Leaving Certificate Examination (including Day School Certificate (Higher) General paper), 1935
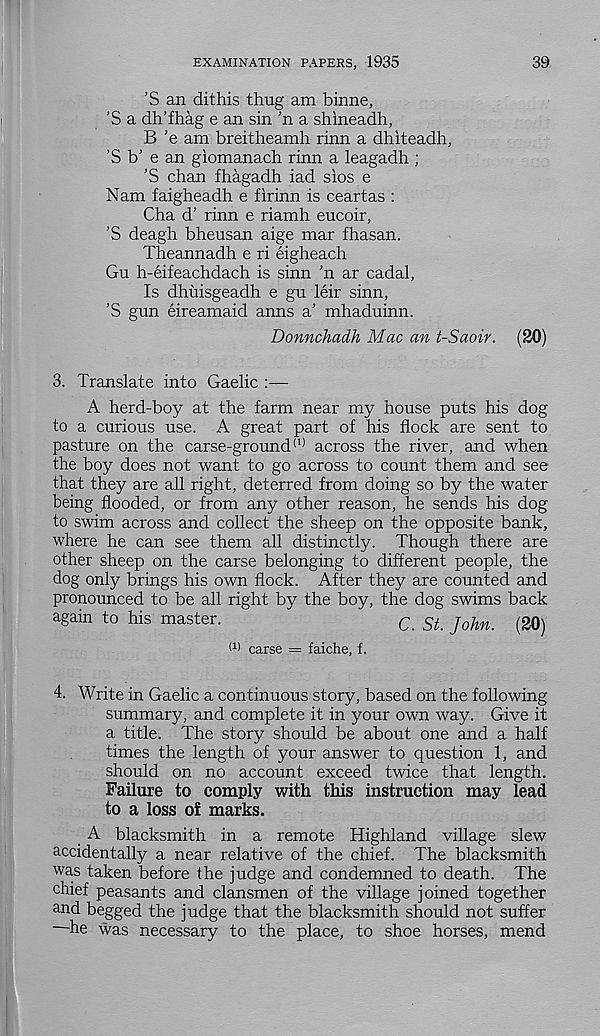
EXAMINATION PAPERS, 1935
39
’S an dithis thug am binne,
’S a dh'fhag e an sin 'n a shineadh,
B J e am breitheamh rinn a dhiteadh,
'S b' e an giomanach rinn a leagadh ;
’S chan fhagadh iad sios e
Nam faigheadh e firinn is ceartas :
Cha d' rinn e riamh eucoir,
’S deagh bheusan aige mar fhasan.
Theannadh e ri eigheach
Gu h-eifeachdach is sinn 'n ar cadal,
Is dhuisgeadh e gu leir sinn,
’S gun eireamaid anns a’ mhaduinn.
Donnchadh Mac an t-Saoir. (20)
3. Translate into Gaelic :—
A herd-boy at the farm near my house puts his dog
to a curious use. A great part of his flock are sent to
pasture on the carse-ground (1) across the river, and when
the boy does not want to go across to count them and see
that they are all right, deterred from doing so by the water
being flooded, or from any other reason, he sends his dog
to swim across and collect the sheep on the opposite bank,
where he can see them all distinctly. Though there are
other sheep on the carse belonging to different people, the
dog only brings his own flock. After they are counted and
pronounced to be all right by the boy, the dog swims back
again to his master.
c St j ohn _ (2 0)
(1) carse = faiche, f.
4. Write in Gaelic a continuous story, based on the following
summary, and complete it in your own way. Give it
a title. The story should be about one and a half
times the length of your answer to question 1, and
should on no account exceed twice that length.
Failure to comply with this instruction may lead
to a loss o£ marks.
A blacksmith in a remote Highland village slew
accidentally a near relative of the chief. The blacksmith
was taken before the judge and condemned to death. The
chief peasants and clansmen of the village joined together
and begged the judge that the blacksmith should not suffer
he was necessary to the place, to shoe horses, mend